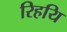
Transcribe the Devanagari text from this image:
रिहयि